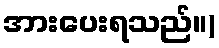
အားပေးရသည်။)